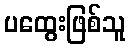
ပထွေးဖြစ်သူ